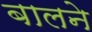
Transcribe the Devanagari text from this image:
बालने